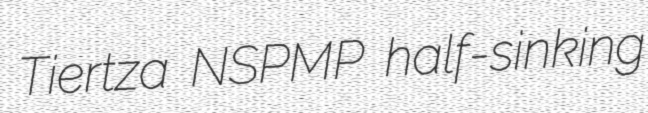
Tiertza NSPMP half-sinking